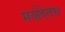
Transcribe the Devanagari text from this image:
मर्यादेतच